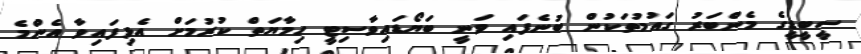
ސީބީޑީގެ މެންބަރު ގައުމުތަކުން ބުނެފައި ވަނީ ބަޔޯޑައިވާސިޓީ ހިމާޔަތް ކުރުމަށް އެޅިފައިވާ އެންމެ